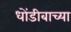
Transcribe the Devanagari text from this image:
धोंडीबाच्या